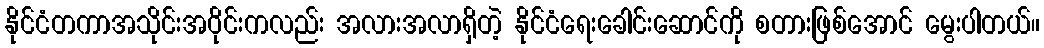
နိုင်ငံတကာအသိုင်းအဝိုင်းကလည်း အလားအလာရှိတဲ့ နိုင်ငံရေးခေါင်းဆောင်ကို စတားဖြစ်အောင် မွေးပါတယ်။